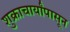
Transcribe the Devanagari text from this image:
शुक्राचार्यांपासून